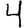
Digit: 4